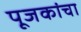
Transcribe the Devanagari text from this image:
पूजकांचा